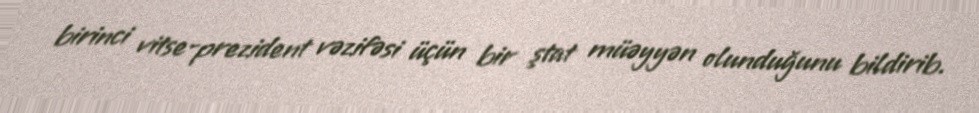
birinci vitse-prezident vəzifəsi üçün bir ştat müəyyən olunduğunu bildirib.